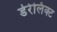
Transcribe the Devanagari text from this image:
डेरेलिक्ट